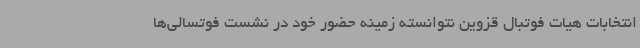
انتخابات هیات فوتبال قزوین نتوانسته زمینه حضور خود در نشست فوتسالی‌ها